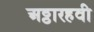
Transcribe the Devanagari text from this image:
अठ्ठारहवी